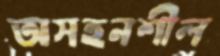
অসহনশীল